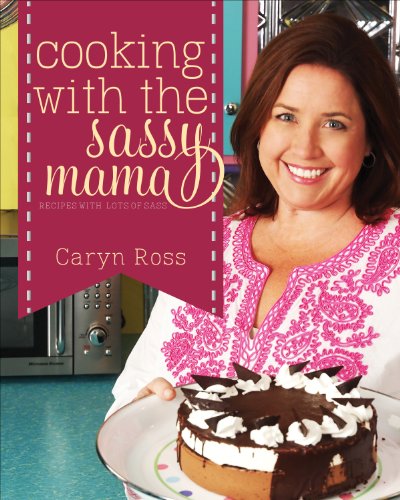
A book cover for Cooking with the Sassy Mama; Caryn Ross; Cookbooks, Food & Wine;